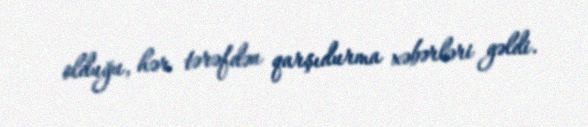
olduğu, hər tərəfdən qarşıdurma xəbərləri gəldi.